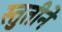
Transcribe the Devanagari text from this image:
स्तुतीने